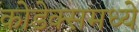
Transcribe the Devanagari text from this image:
कोडेक्समध्ये